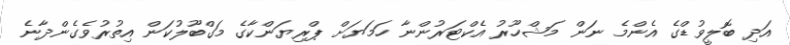
އަދި ބޮލީވުޑްގެ އެންމެ ނަން މަޝްހޫރު އެކްޓަރުންނާ ހަމަޔަށް ޕްރިޔަންކާގެ މަގްބޫލުކަން އިތުރުވެގެންދާނެ